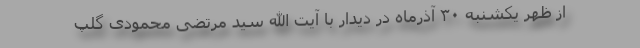
از ظهر یکشنبه ۳۰ آذرماه در دیدار با آیت الله سید مرتضی محمودی گلپ